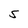
Character: S